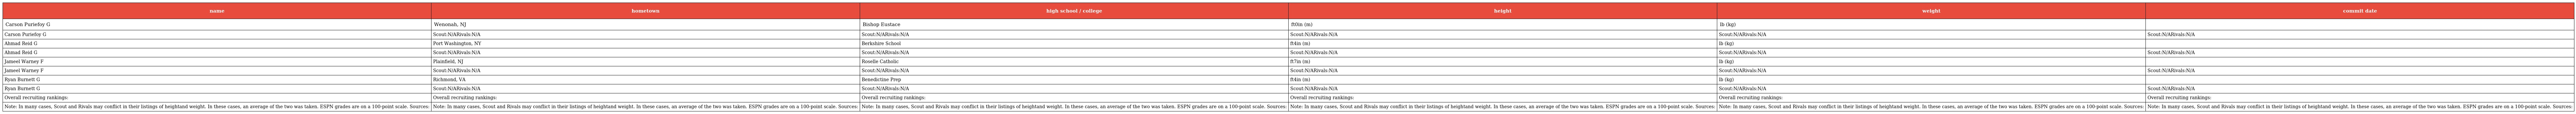
| name | hometown | high school / college | height | weight | commit date |
 | --- | --- | --- | --- | --- | --- |
 | Carson Puriefoy G | Wenonah, NJ | Bishop Eustace | ft0in (m) | lb (kg) |  |
 | Carson Puriefoy G | Scout:N/ARivals:N/A | Scout:N/ARivals:N/A | Scout:N/ARivals:N/A | Scout:N/ARivals:N/A | Scout:N/ARivals:N/A |
 | Ahmad Reid G | Port Washington, NY | Berkshire School | ft4in (m) | lb (kg) |  |
 | Ahmad Reid G | Scout:N/ARivals:N/A | Scout:N/ARivals:N/A | Scout:N/ARivals:N/A | Scout:N/ARivals:N/A | Scout:N/ARivals:N/A |
 | Jameel Warney F | Plainfield, NJ | Roselle Catholic | ft7in (m) | lb (kg) |  |
 | Jameel Warney F | Scout:N/ARivals:N/A | Scout:N/ARivals:N/A | Scout:N/ARivals:N/A | Scout:N/ARivals:N/A | Scout:N/ARivals:N/A |
 | Ryan Burnett G | Richmond, VA | Benedictine Prep | ft4in (m) | lb (kg) |  |
 | Ryan Burnett G | Scout:N/ARivals:N/A | Scout:N/ARivals:N/A | Scout:N/ARivals:N/A | Scout:N/ARivals:N/A | Scout:N/ARivals:N/A |
 | Overall recruiting rankings: | Overall recruiting rankings: | Overall recruiting rankings: | Overall recruiting rankings: | Overall recruiting rankings: | Overall recruiting rankings: |
 | Note: In many cases, Scout and Rivals may conflict in their listings of heightand weight. In these cases, an average of the two was taken. ESPN grades are on a 100-point scale. Sources: | Note: In many cases, Scout and Rivals may conflict in their listings of heightand weight. In these cases, an average of the two was taken. ESPN grades are on a 100-point scale. Sources: | Note: In many cases, Scout and Rivals may conflict in their listings of heightand weight. In these cases, an average of the two was taken. ESPN grades are on a 100-point scale. Sources: | Note: In many cases, Scout and Rivals may conflict in their listings of heightand weight. In these cases, an average of the two was taken. ESPN grades are on a 100-point scale. Sources: | Note: In many cases, Scout and Rivals may conflict in their listings of heightand weight. In these cases, an average of the two was taken. ESPN grades are on a 100-point scale. Sources: | Note: In many cases, Scout and Rivals may conflict in their listings of heightand weight. In these cases, an average of the two was taken. ESPN grades are on a 100-point scale. Sources: |